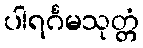
ပါရင်္ဂမသုတ္တံ